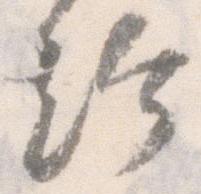
給